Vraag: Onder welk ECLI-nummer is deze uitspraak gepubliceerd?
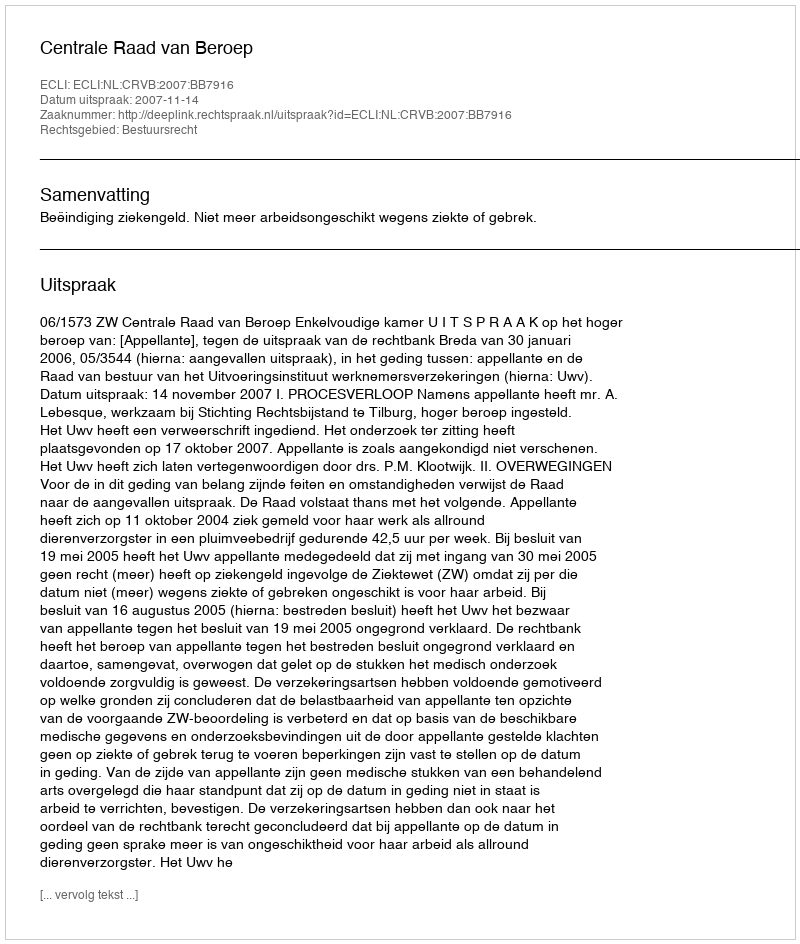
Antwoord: ECLI:NL:CRVB:2007:BB7916